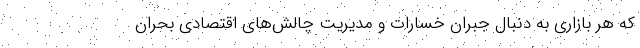
که هر بازاری به دنبال جبران خسارات و مدیریت چالش‌های اقتصادی بحران